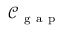
\mathcal { C } _ { \mathrm { ~ g ~ a ~ p ~ } }